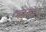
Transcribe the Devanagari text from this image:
सृजनाचे